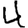
Digit: 4